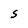
Character: S